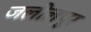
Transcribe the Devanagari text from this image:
जलीलपूर